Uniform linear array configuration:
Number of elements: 32
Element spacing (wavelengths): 0.25
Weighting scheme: blackman
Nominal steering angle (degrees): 30
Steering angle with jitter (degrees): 29.086
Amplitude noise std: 0.05
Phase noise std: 0.05

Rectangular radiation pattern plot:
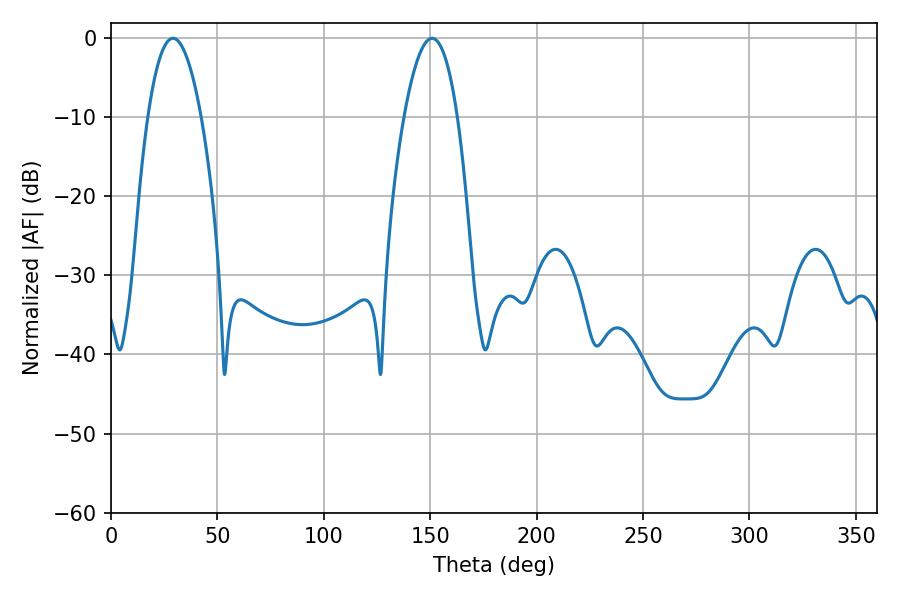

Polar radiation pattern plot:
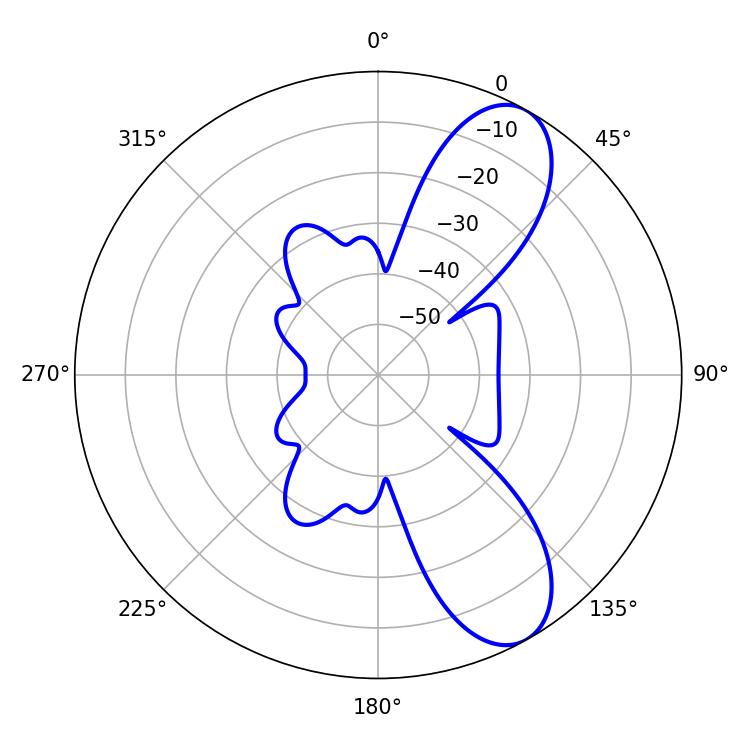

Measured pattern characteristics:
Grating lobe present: FALSE
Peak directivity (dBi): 8.979
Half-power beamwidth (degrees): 13.86
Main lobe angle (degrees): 29.16